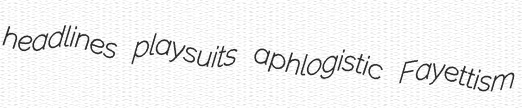
headlines playsuits aphlogistic Fayettism